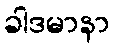
ခါဒမာနာ